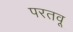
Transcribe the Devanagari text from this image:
परतवू